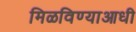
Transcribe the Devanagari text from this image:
मिळविण्याआधी